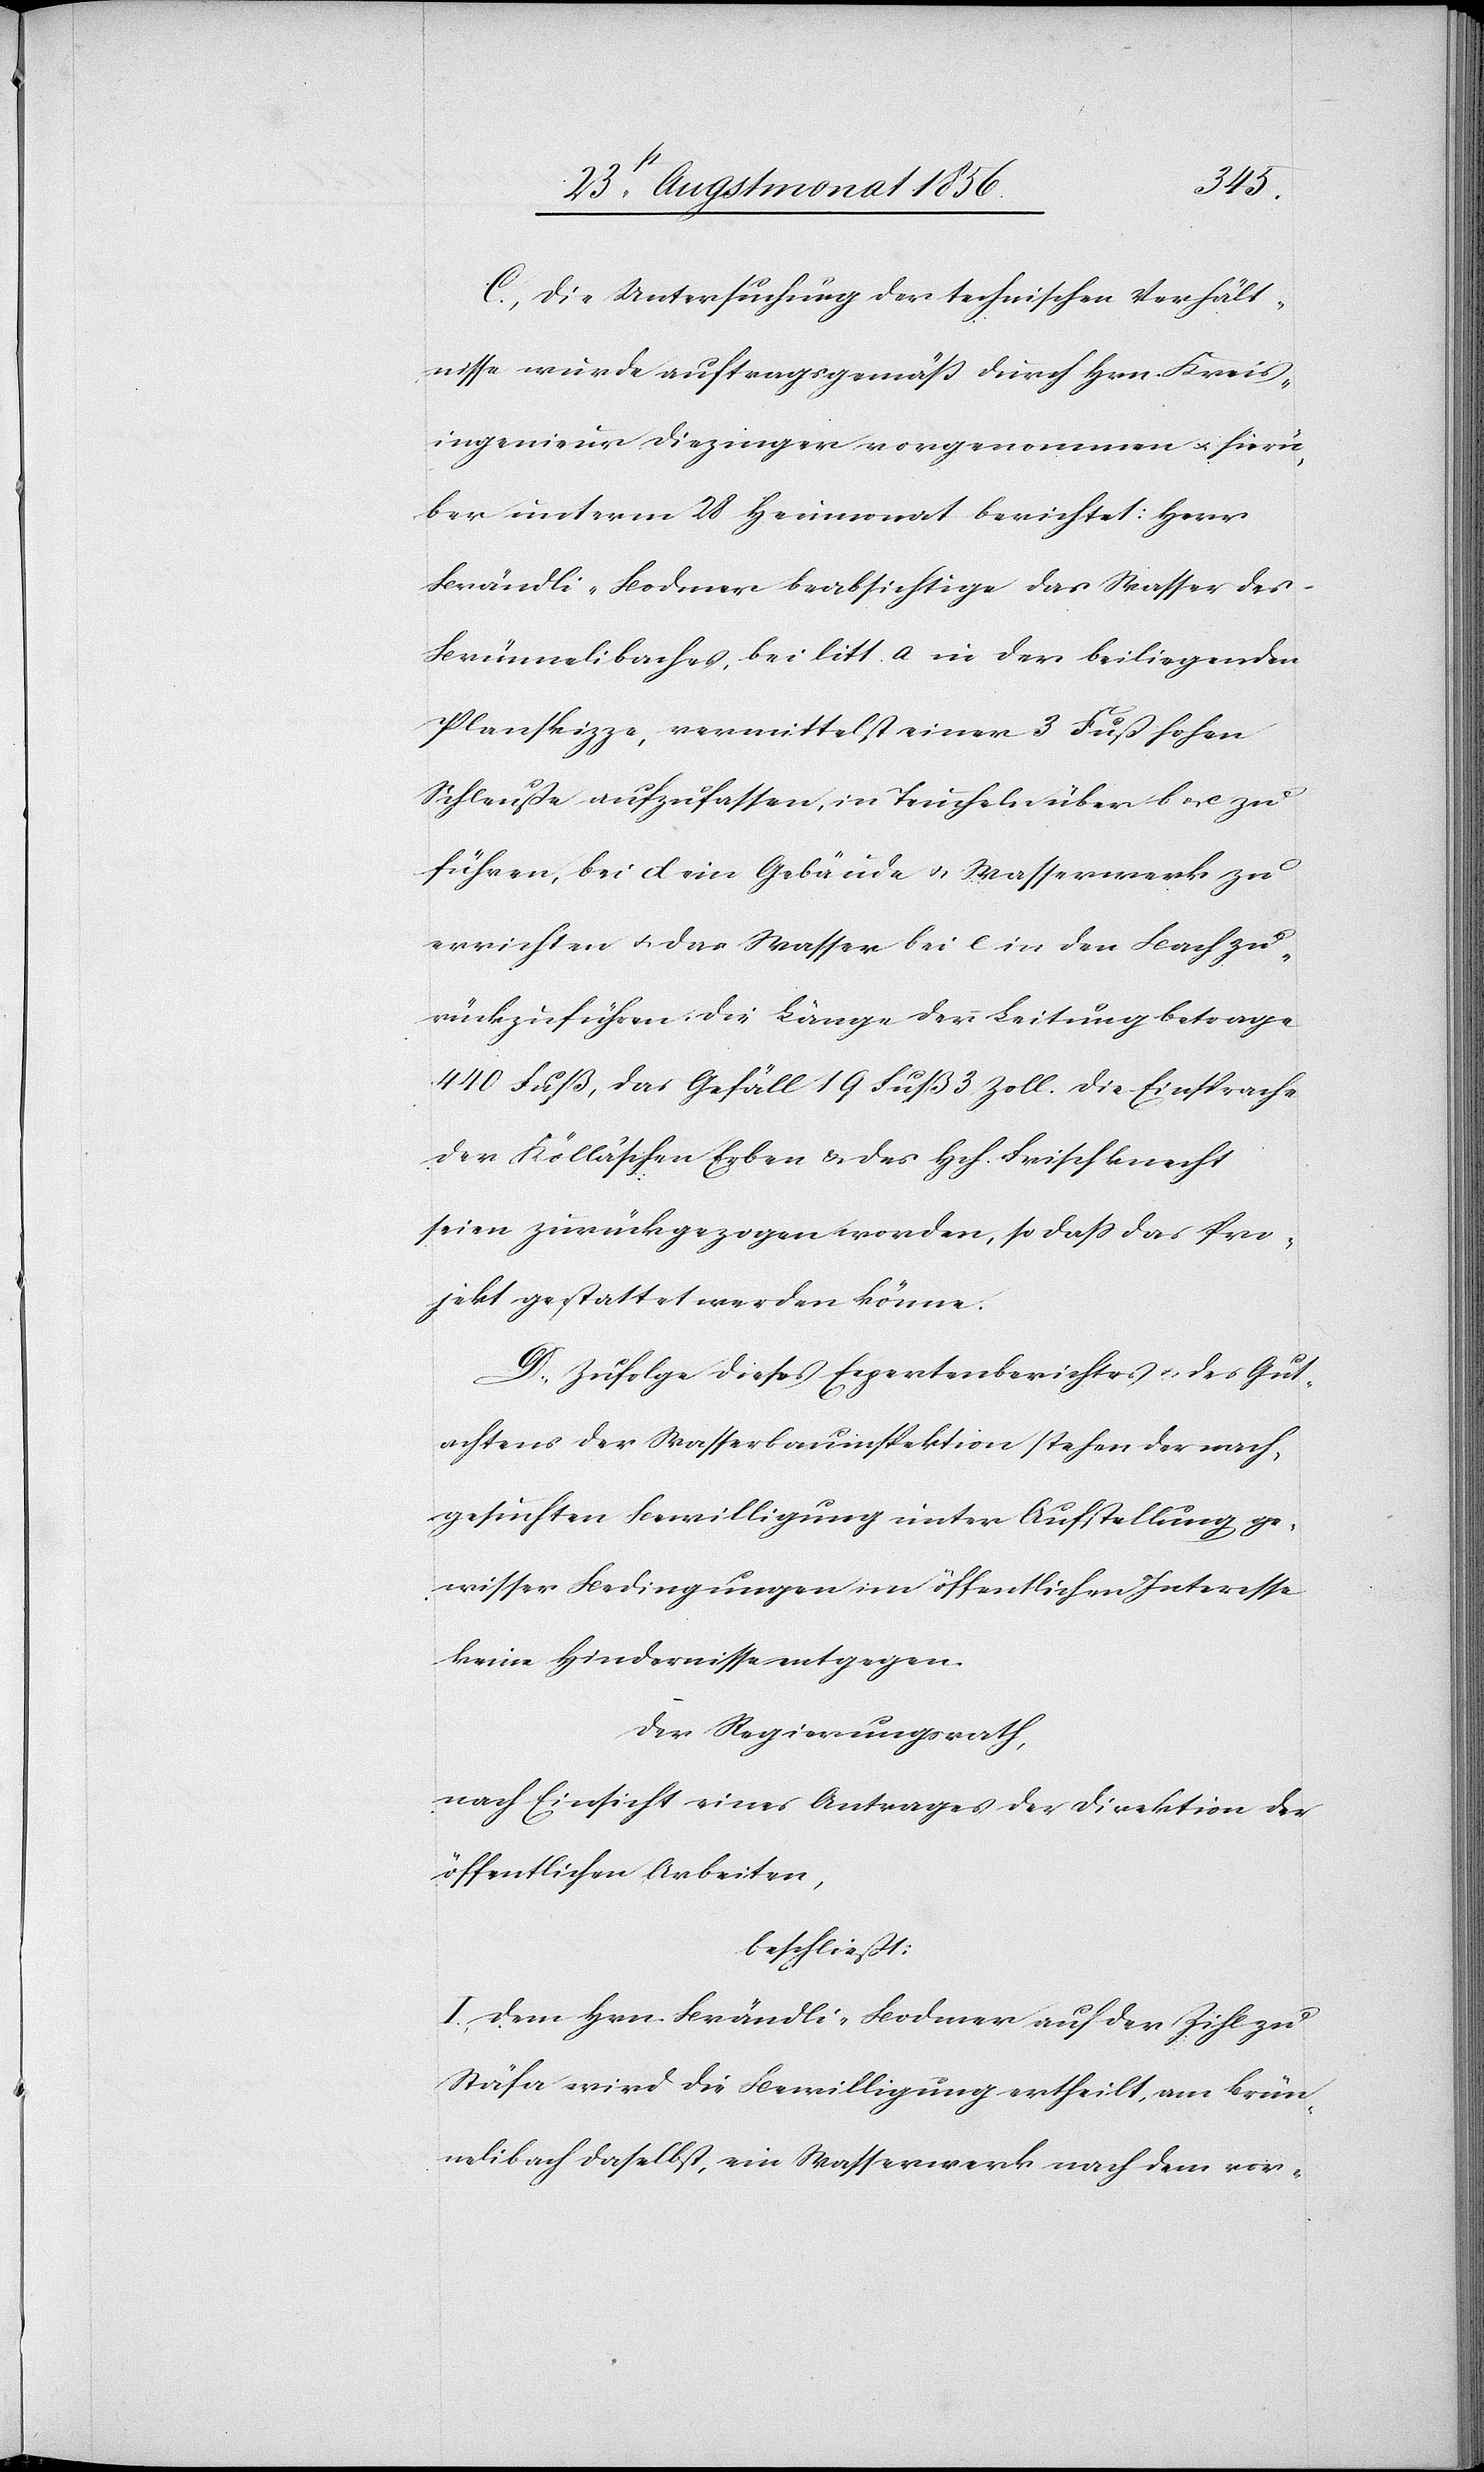
C.) Die Untersuchung der technischen Verhält¬
nisse wurde auftragsgemäss durch Hrn. Kreis¬
ingenieur Diezinger vorgenommen u. hierü¬
ber unterm 28 Heumonat berichtet: Herr
Brändli-Bodmer beabsichtige das Wasser des
Brünnelibaches, bei litt. a in der beiliegenden
Planskizze, vermittelst einer 3 Fuß hohen
Schleuße aufzufassen, in Teucheln über b u. c zu
führen, bei d im Gebäude u. Wasserwerk zu
errichten u. das Wasser bei c in den Bach zu¬
rückzuführen. Die Länge der Leitung betrage
440 Fuß, das Gefäll 19 Fuß 3 Zoll. Die Einsprache
der Kölla'schen Erben & des Hch. Frischknecht
seien zurückgezogen worden, so dass das Pro¬
jekt gestattet werden könne.
D.) Zufolge dieses Expertenberichtes u. des Gut¬
achtens der Wasserbauinspektion stehen der nach¬
gesuchten Bewilligung unter Aufstellung ge¬
wisser Bedingungen im öffentlichen Interesse
keine Hindernisse entgegen.
Der Regierungsrath,
nach Einsicht eines Antrages der Direktion der
öffentlichen Arbeiten,
beschließt:
I.) Dem Hrn. Brändli-Bodmer auf der Zihl zu
Stäfa wird die Bewilligung ertheilt, am Brün¬
nelibach daselbst, ein Wasserwerk nach dem vor-